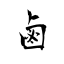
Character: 鹵